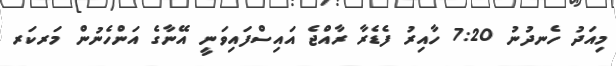
މިއަދު ހެނދުނު 7:20 ހާއިރު ފެޑެރާ ރާއްޖެ އައިސްފައިވަނީ އޭނާގެ އަންހެނުން މަރކަރ